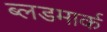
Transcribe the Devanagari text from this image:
ब्लडमार्क